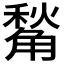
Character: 𧤙